Annual report on the Civil Veterinary Department, Burma (including the Insein Veterinary School) - 1923-1931
Year: 1923
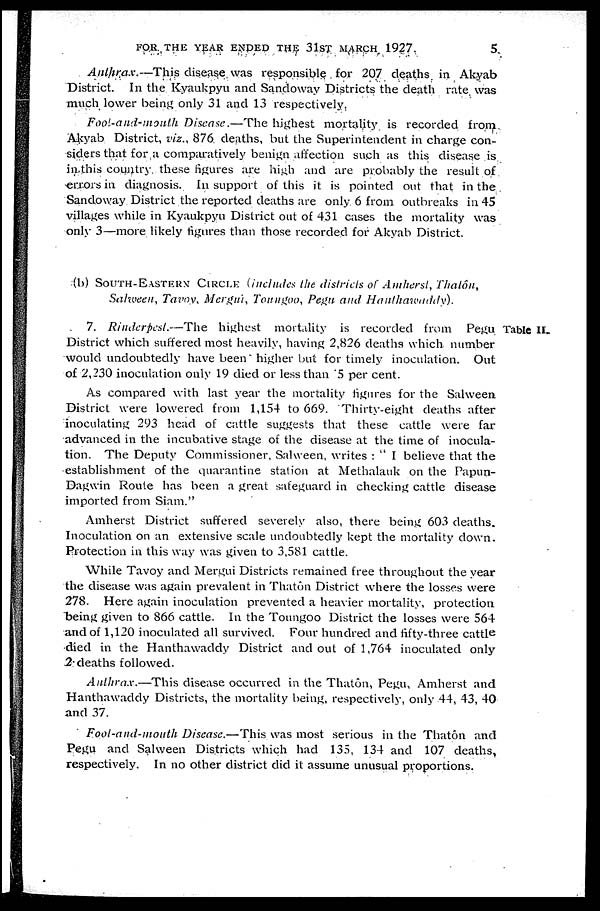
FOR THE YEAR ENDED THE 31ST MARCH 1927.
5
Anthrax.—This
disease was responsible for 207 deaths in Akyab
District. In the Kyaukpyu and Sandoway Districts the death rate was
much lower being only 31 and 13 respectively.
Foot-and-mouth
Disease.—The highest mortality is recorded from
Akyab District, viz., 876 deaths, but the Superintendent in charge con-
siders that for a comparatively benign affection such as this disease is
in this country these figures arc high and arc probably the result of
errors in diagnosis. In support of this it is pointed out that in the
Sandoway District the reported deaths are only 6 from outbreaks in 45
villages while in Kyaukpyu District out of 431 cases the mortality was
only 3—more likely figures than those recorded for Akyab District.
(b) SOUTH-EASTERN CIRCLE (includes the districts of Amherst, Thatôn,
Salween, Tarov, Mergui, Toungoo, Pegu and
Hanthawaddy.
Table II.
7. Rinderpest.—The
highest mortality is recorded from
Pegu
District which suffered most heavily, having 2,826 deaths which number
would undoubtedly have been higher but for timely inoculation. Out
of 2,230 inoculation only 19 died or less than 5 per cent.
As compared with last year the mortality figures for the Salween
District were lowered from 1,154 to 669. Thirty-eight deaths after
inoculating 293 head of cattle suggests that these cattle were far
advanced in the incubative stage of the disease at the time of inocula-
tion. The Deputy Commissioner, Salween, writes : " I believe that the
establishment of the quarantine station at Methalauk on the Papun-
Dagwin Route has been a great safeguard in checking cattle disease
imported from Siam."
Amherst District suffered severely also, there being 603 deaths.
Inoculation on an extensive scale undoubtedly kept the mortality down.
Protection in this way was given to 3,581 cattle.
While Tavoy and Mergui Districts remained free throughout the year
the disease was again prevalent in Thatôn District where the losses were
278.
Here again inoculation prevented a heavier mortality, protection
being given to 866 cattle. In the Toungoo District the losses were 564
and of 1,120 inoculated all survived. Four hundred and fifty-three cattle
died in the Hanthawaddy District and out of 1,764 inoculated only
2 deaths followed.
Anthrax.—This
disease occurred in the Thatôn, Pegu, Amherst and
Hanthawaddy Districts, the mortality being, respectively, only 44, 43, 40
and 37.
Foot-and-mouth
Disease.—This was most serious in the Thatôn and
Pegu and Salween Districts which had 135, 134 and 107 deaths,
respectively. In no other district did it assume unusual proportions.